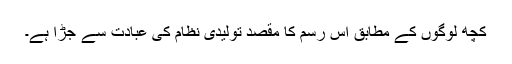
کچھ لوگوں کے مطابق اس رسم کا مقصد تولیدی نظام کی عبادت سے جڑا ہے۔